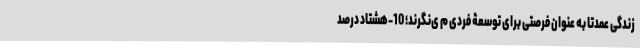
زندگی عمدتاً به عنوان فرصتی برای توسعۀ فردی م ی­نگرند؛ 10-هشتاد درصد